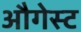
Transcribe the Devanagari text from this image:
औगेस्ट